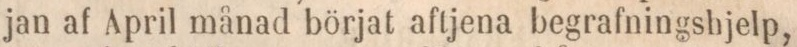
jan af April månad börjat aftjena begrafningshjelp,